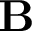
\bf { B }